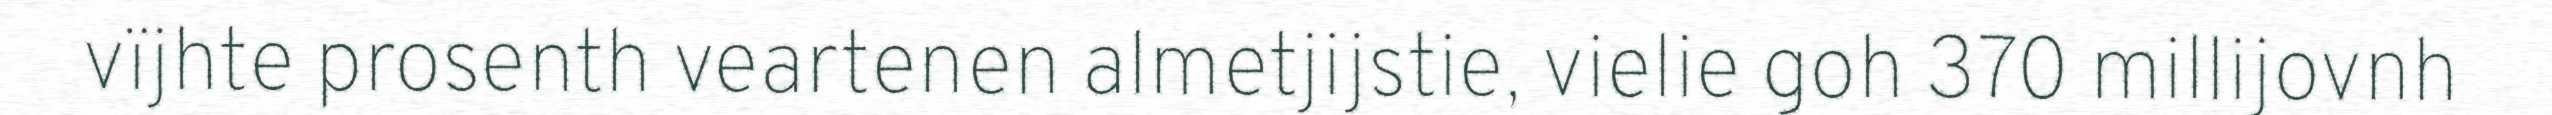
vïjhte prosenth veartenen almetjijstie, vielie goh 370 millijovnh